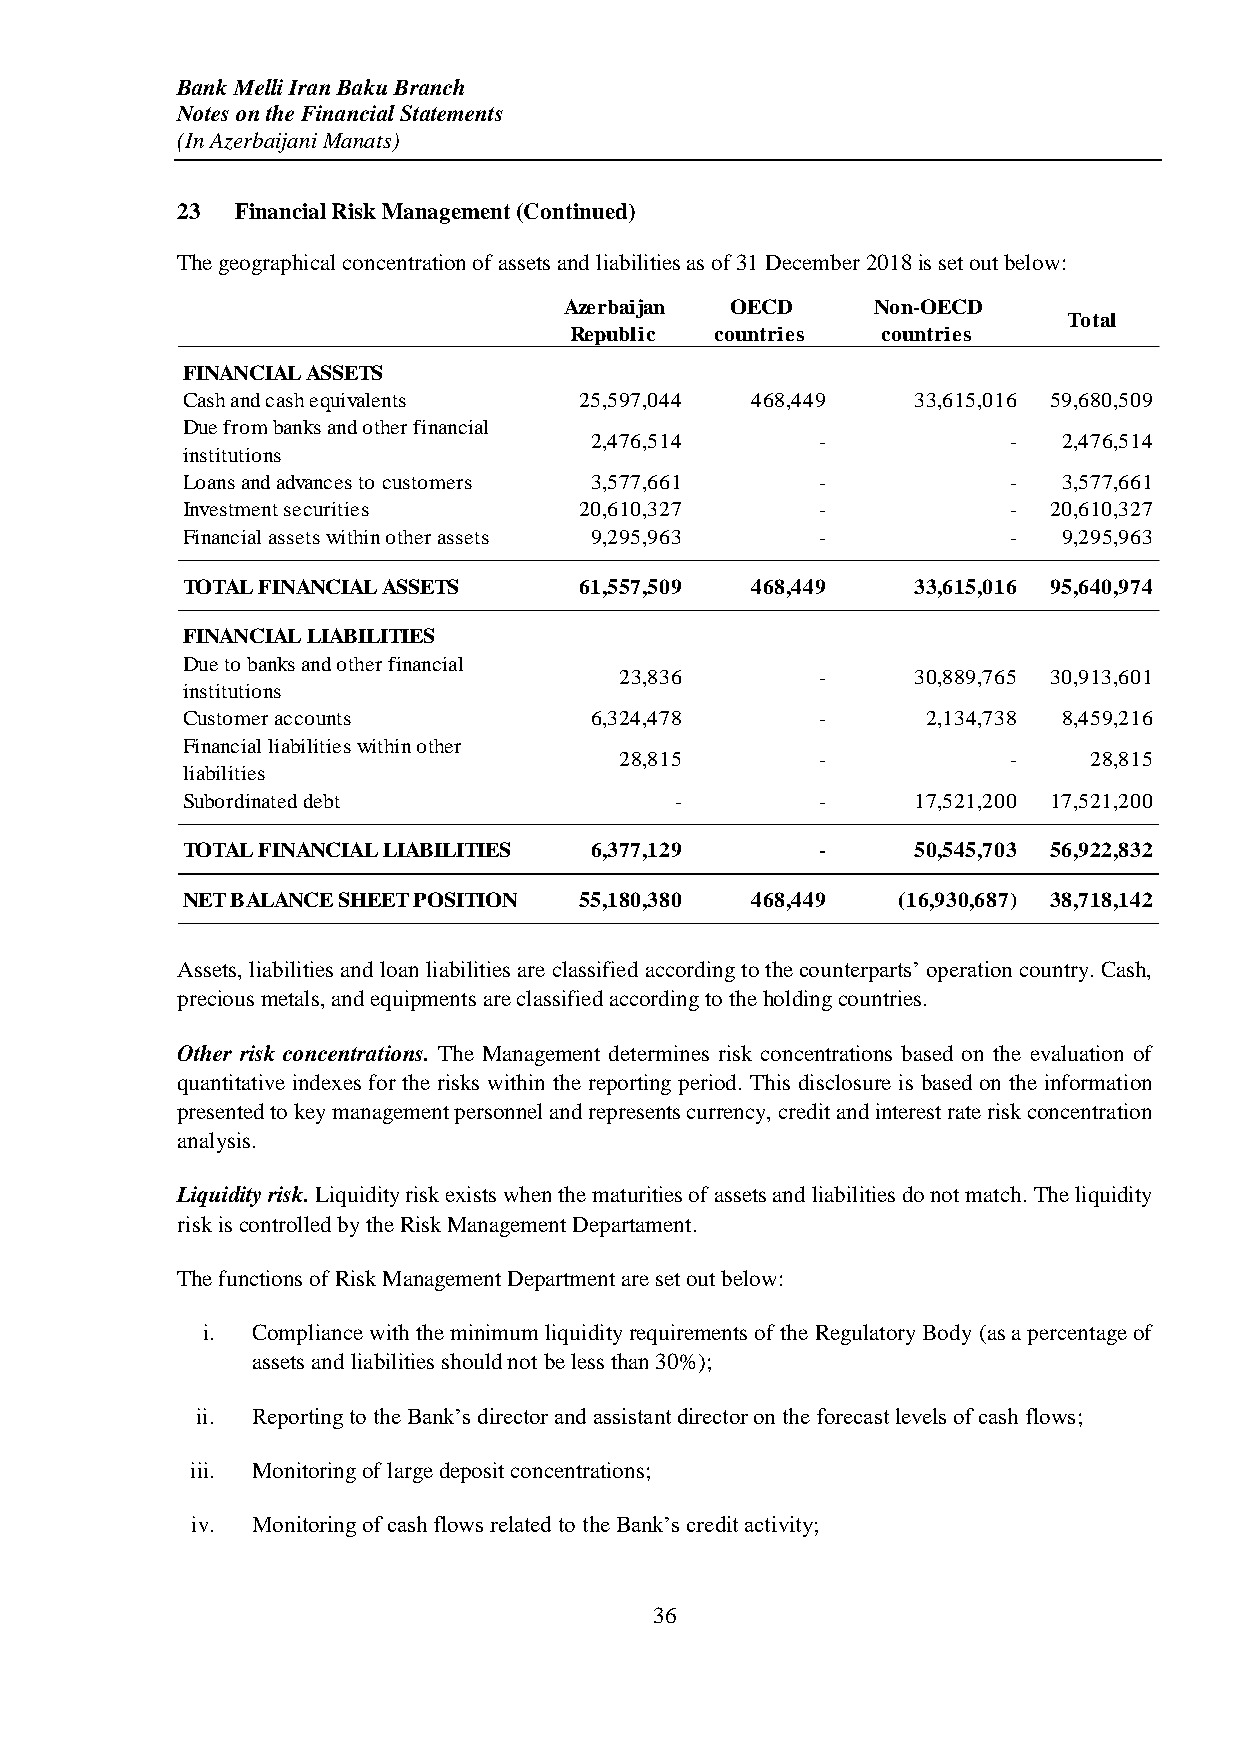
Bank Melli Iran Baku Branch
 Notes on the Financial Statements
 (In Azerbaijani Manats)
 23  Financial Risk Management (Continued)
 The geographical concentration of assets and liabilities as of 31 December 2018 is set out below:
 Azerbaijan OECD      Non-OECD
 Total
 Republic countries  countries
 FINANCIAL ASSETS
 Cash and cash equivalents 25,597,044  468,449    33,615,016 59,680,509
 Due from banks and other financial
 2,476,514      -            -  2,476,514
 institutions
 Loans and advances to customers 3,577,661 -            -  3,577,661
 Investment securities     20,610,327      -            -  20,610,327
 Financial assets within other assets 9,295,963 -       -  9,295,963
 TOTAL FINANCIAL ASSETS    61,557,509  468,449    33,615,016 95,640,974
 FINANCIAL LIABILITIES
 Due to banks and other financial
 23,836       -      30,889,765 30,913,601
 institutions
 Customer accounts          6,324,478      -      2,134,738 8,459,216
 Financial liabilities within other
 28,815       -            -    28,815
 liabilities
 Subordinated debt                -        -      17,521,200 17,521,200
 TOTAL FINANCIAL LIABILITIES 6,377,129     -      50,545,703 56,922,832
 NET BALANCE SHEET POSITION 55,180,380 468,449   (16,930,687) 38,718,142
 Assets, liabilities and loan liabilities are classified according to the counterparts’ operation country. Cash,
 precious metals, and equipments are classified according to the holding countries.
 Other risk concentrations. The Management determines risk concentrations based on the evaluation of
 quantitative indexes for the risks within the reporting period. This disclosure is based on the information
 presented to key management personnel and represents currency, credit and interest rate risk concentration
 analysis.
 Liquidity risk. Liquidity risk exists when the maturities of assets and liabilities do not match. The liquidity
 risk is controlled by the Risk Management Departament.
 The functions of Risk Management Department are set out below:
 i.  Compliance with the minimum liquidity requirements of the Regulatory Body (as a percentage of
 assets and liabilities should not be less than 30%);
 ii. Reporting to the Bank’s director and assistant director on the forecast levels of cash flows;
 iii. Monitoring of large deposit concentrations;
 iv. Monitoring of cash flows related to the Bank’s credit activity;
 36